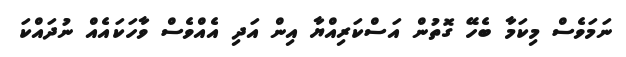
ނަމަވެސް މިކަމާ ބެހޭ ގޮތުން އަސްކަރިއްޔާ އިން އަދި އެއްވެސް ވާހަކައެއް ނުދައްކަ